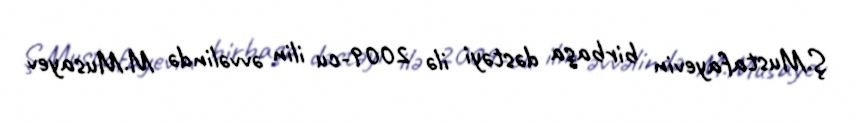
Ş.Mustafayevin birbaşa dəstəyi ilə 2009-cu ilin əvvəlində M.Musayev